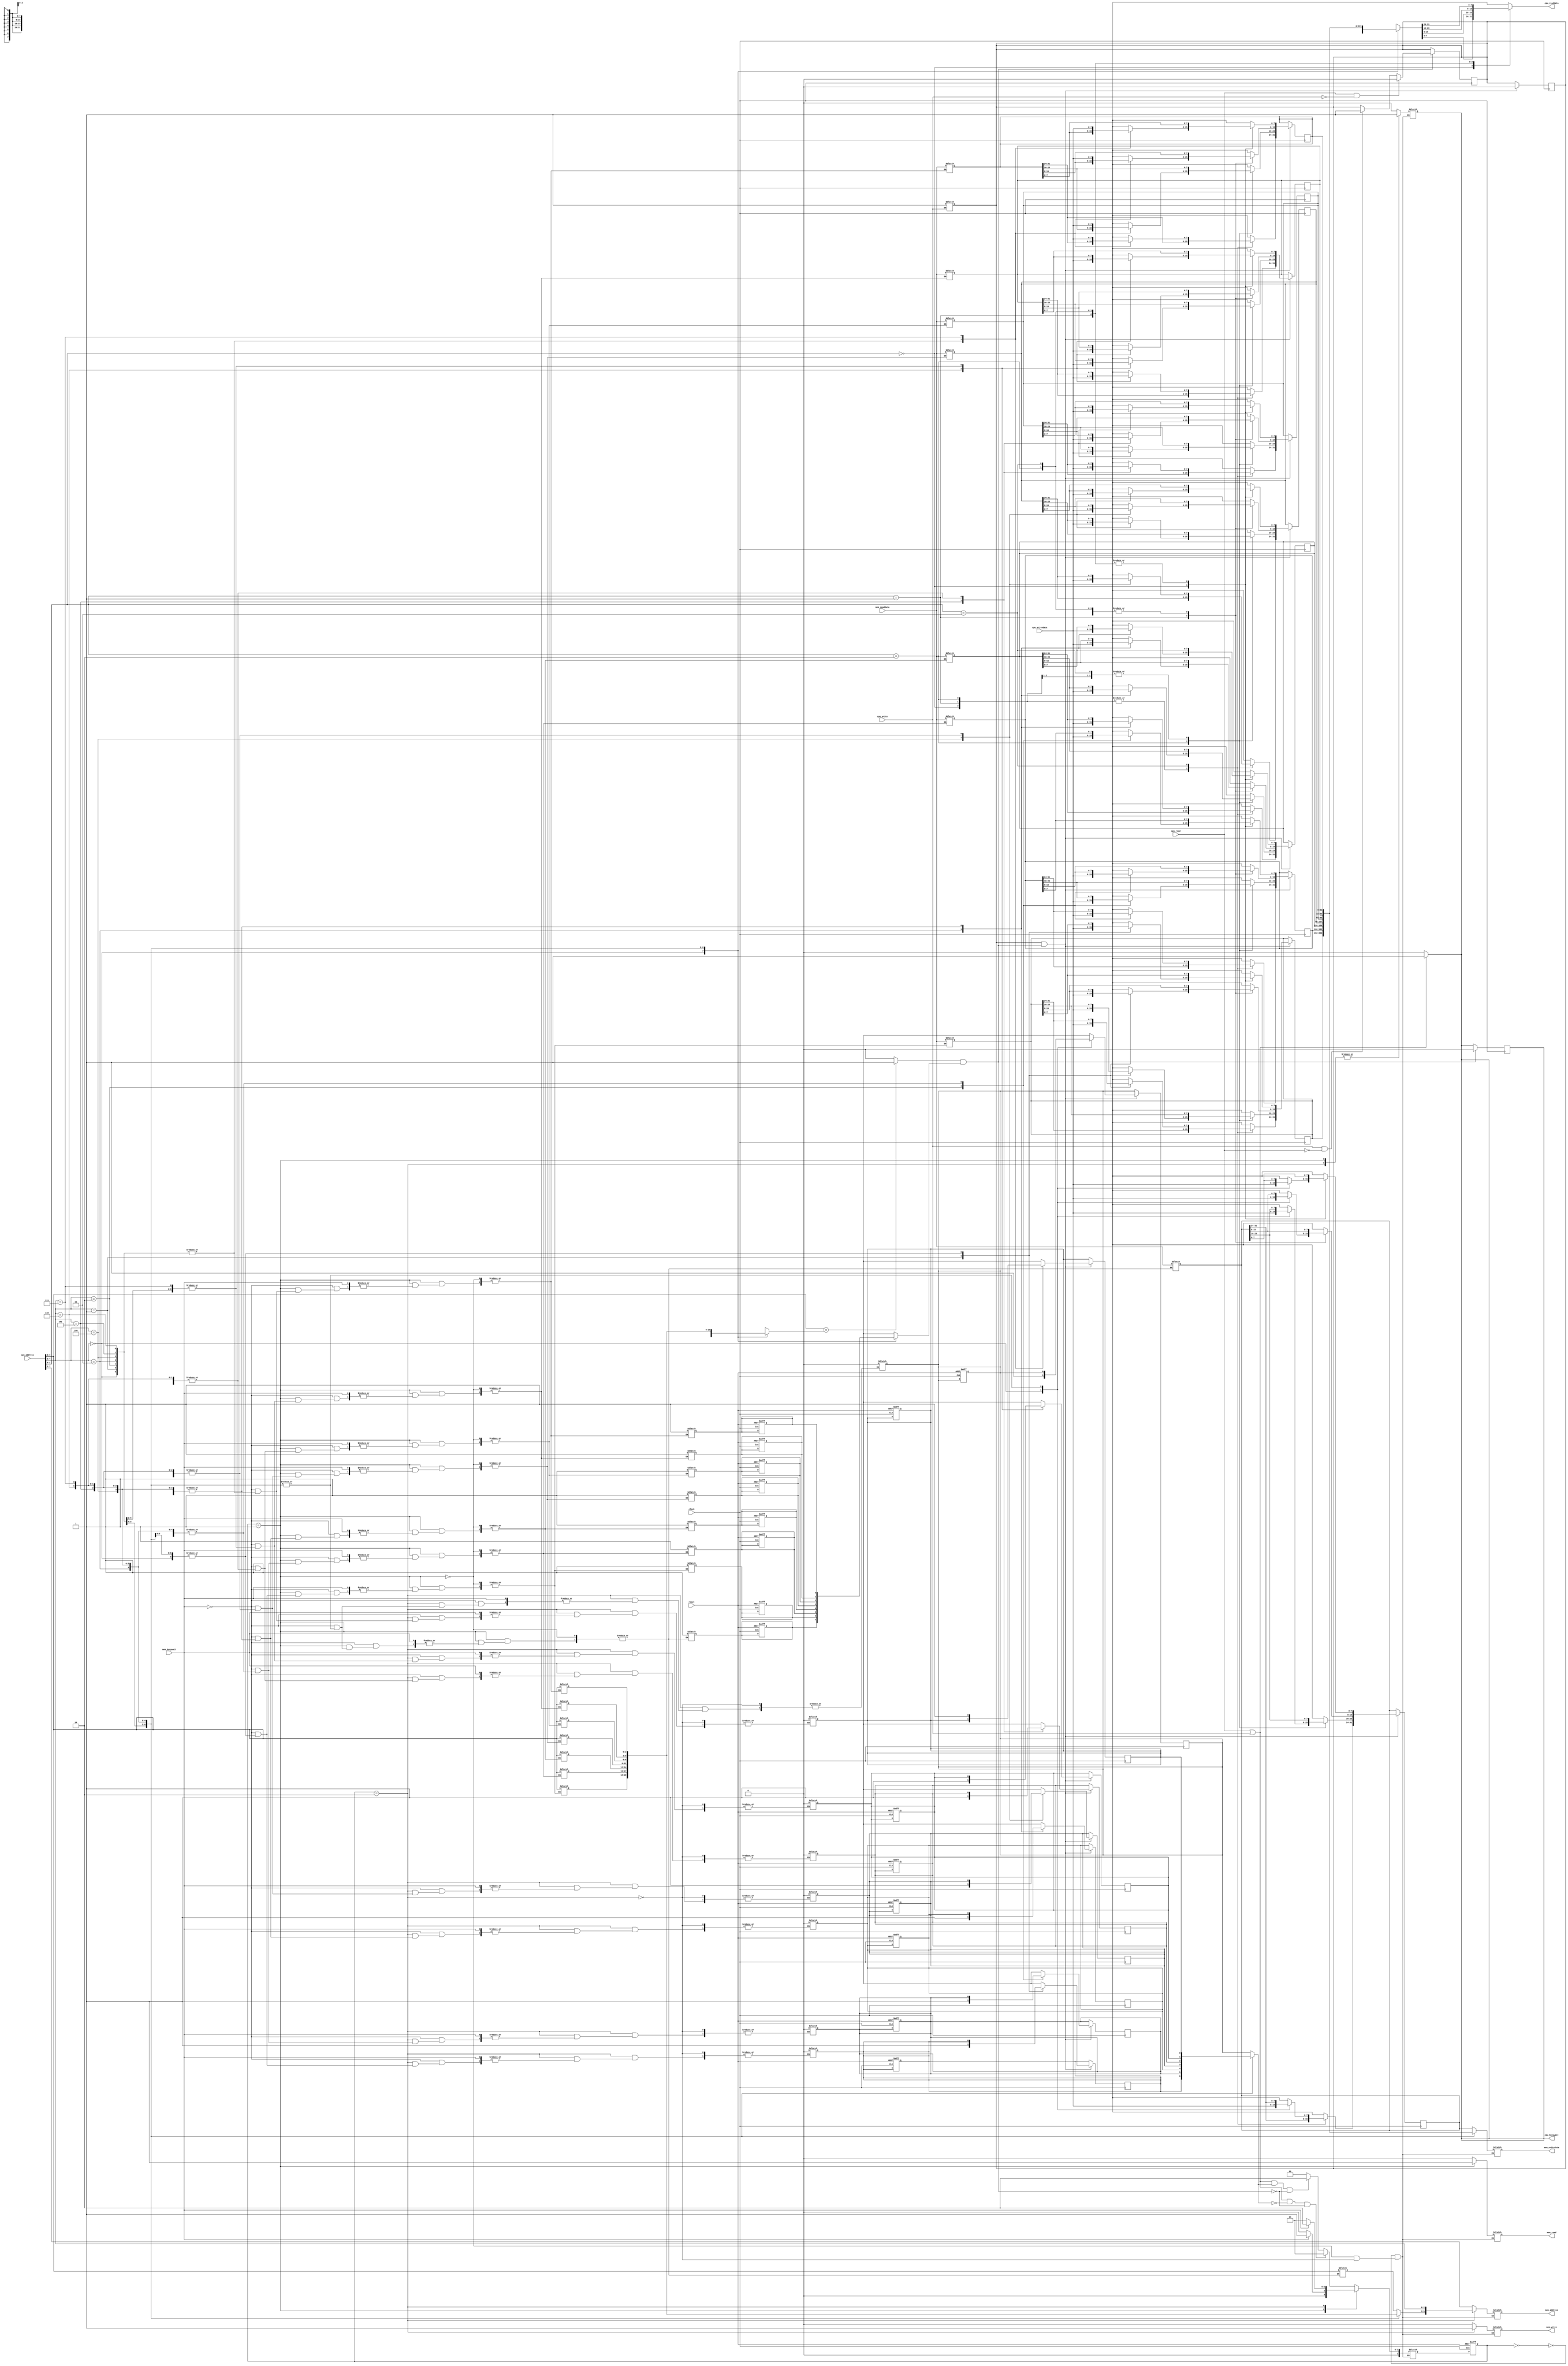
/*
Module  : Data Cache 
Author  : Isuru Nawinne, Kisaru Liyanage
Date    : 25/05/2020

Description:
This file presents a skeleton implementation of the cache controller using a Finite State Machine model. Note that this code is not complete.
*/

module dcache (    
    input clock,
    input reset,
    input cpu_read,
    input cpu_write,
    input [7:0] cpu_address,
    input [7:0] cpu_writedata,
    output reg [7:0] cpu_readdata,
    output reg cpu_busywait,
    output reg mem_read,
    output reg mem_write,
    output reg [5:0] mem_address,
    output reg [31:0] mem_writedata,
    input [31:0] mem_readdata,
    input mem_busywait
);

    // Internal signals for cache
    wire hit;
    wire [2:0] tag, index;
    wire [1:0] offset;
    reg tagmatch;

    // Cache Data Structure
    reg [31:0] cacheblock_array [7:0]; // Cache blocks (32 bits * 8)
    reg dirty_array [7:0];             // Dirty bit array (1 bit * 8)
    reg valid_array [7:0];             // Valid bit array (1 bit * 8)
    reg [2:0] tagArray [7:0];          // Tag array (3 bits * 8)
    reg cache_write;                   // Cache write enable signal

    // Decoding the address into tag, index, and offset
    assign #1 tag = cpu_address[7:5];
    assign #1 index = cpu_address[4:2];
    assign #1 offset = cpu_address[1:0];

    // Set busywait signal when CPU read or write signal is given
    always @(*) begin
        cpu_busywait = (cpu_read || cpu_write) ? 1 : 0;
        if(cpu_write) begin
            cache_write = 1;
        end
    end

    // Tag comparison and generate hit signal
    always @(*) begin
        #0.9
        tagmatch = (tag == tagArray[index]) ? 1 : 0;
    end

    assign hit = tagmatch && valid_array[index];

    // Handle read/write on hit and de-assert busywait
    always @(posedge clock) begin
        if (hit) begin
            cpu_busywait = 0; // De-assert busywait to prevent CPU stalling
            if (cpu_read && !cpu_write) begin
                cache_write = 0; // Stop writing if read signal
            end else if (cpu_write && !cpu_read) begin
                cache_write = 1; // Allow writing if write signal
            end
        end
    end

    // Read data from cache based on offset
    always @(*) begin
        case (offset)
            2'b00: cpu_readdata = #1 cacheblock_array[index][7:0];
            2'b01: cpu_readdata = #1 cacheblock_array[index][15:8];
            2'b10: cpu_readdata = #1 cacheblock_array[index][23:16];
            2'b11: cpu_readdata = #1 cacheblock_array[index][31:24];
        endcase
    end

    // Write data to cache based on offset
    always @(posedge clock) begin
        if (cache_write && hit) begin
            case (offset)
                2'b00: cacheblock_array[index][7:0] = #1 cpu_writedata;
                2'b01: cacheblock_array[index][15:8] = #1 cpu_writedata;
                2'b10: cacheblock_array[index][23:16] = #1 cpu_writedata;
                2'b11: cacheblock_array[index][31:24] = #1 cpu_writedata;
            endcase
            dirty_array[index] = 1; // Mark the block as dirty
            cache_write = 0;
        end
    end

    /* Cache Controller FSM Start */
    parameter IDLE = 3'b000, MEM_READ = 3'b001, MEM_WRITE = 3'b010;
    reg [2:0] state, next_state;

    // Combinational next state logic
    always @(*) begin
        case (state)
            IDLE:
                if ((cpu_read || cpu_write) && !dirty_array[index] && !hit)
                    next_state = MEM_READ; // Need block replacement but not dirty
                else if ((cpu_read || cpu_write) && dirty_array[index] && !hit)
                    next_state = MEM_WRITE; // Need block replacement and dirty
                else
                    next_state = IDLE; // Remain in IDLE
            
            MEM_READ:
                next_state = mem_busywait ? MEM_READ : IDLE; // Stay in MEM_READ if busy
            
            MEM_WRITE:
                next_state = mem_busywait ? MEM_WRITE : MEM_READ; // Move to MEM_READ after memory write completes
        endcase
    end

    // Combinational output logic
    always @(*) begin
        case(state)
            IDLE: begin
                mem_read = 0;
                mem_write = 0;
                mem_address = 6'dx; // Don't care address
                mem_writedata = 32'dx; // Don't care data
                cpu_busywait = 0;
            end
         
            MEM_READ: begin
                mem_read = 1;
                mem_write = 0;
                mem_address = {tag, index};
                mem_writedata = 32'dx;
                cpu_busywait = 1;

                #1 if(!mem_busywait) begin
                    cacheblock_array[index] = mem_readdata; // Load data from memory to cache
                    valid_array[index] = 1; // Mark the cache block as valid
                    tagArray[index] = tag; // Update the tag for the cache block
                end
            end
            
            MEM_WRITE: begin
                mem_read = 0;
                mem_write = 1;
                mem_address = {tagArray[index], index};
                mem_writedata = cacheblock_array[index]; // Write the cache block back to memory
                cpu_busywait = 1;

                if(!mem_busywait) begin
                    dirty_array[index] = 0; // Mark the cache block as not dirty
                end
            end
        endcase
    end

    integer i;
    // Sequential logic for state transitioning and cache initialization
    always @(posedge clock or posedge reset) begin
        if(reset) begin
            state = IDLE;
            for(i = 0; i < 8; i = i + 1) begin
                dirty_array[i] = 0; // Initialize all dirty bits to 0
                valid_array[i] = 0; // Initialize all valid bits to 0
            end
        end else begin
            state = next_state; // Transition to next state
        end
    end

    /* Cache Controller FSM End */

    // Dump values of the memory array to the gtkwave file for testing
    initial begin
        $dumpfile("cpu_wavedata.vcd");
        for(i = 0; i < 8; i = i + 1) begin
            $dumpvars(1, cacheblock_array[i]);
            $dumpvars(1, tagArray[i]);
            $dumpvars(1, valid_array[i]);
            $dumpvars(1, dirty_array[i]);
        end
    end

endmodule